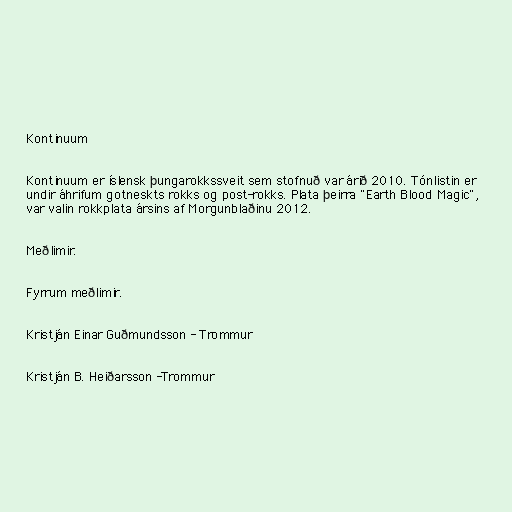
Kontinuum

Kontinuum er íslensk þungarokkssveit sem stofnuð var árið 2010. Tónlistin er
undir áhrifum gotneskts rokks og post-rokks. Plata þeirra "Earth Blood Magic",
var valin rokkplata ársins af Morgunblaðinu 2012.

Meðlimir.

Fyrrum meðlimir.

Kristján Einar Guðmundsson - Trommur

Kristján B. Heiðarsson -Trommur